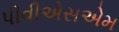
પીવીએસએમ